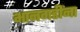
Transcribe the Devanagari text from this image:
भानगडींना